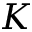
K